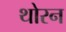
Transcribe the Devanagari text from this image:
थोरन